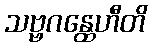
သဗ္ဗဂန္ထေဟီတိ